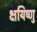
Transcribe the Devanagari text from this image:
क्षयिष्णु